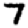
Digit: 7